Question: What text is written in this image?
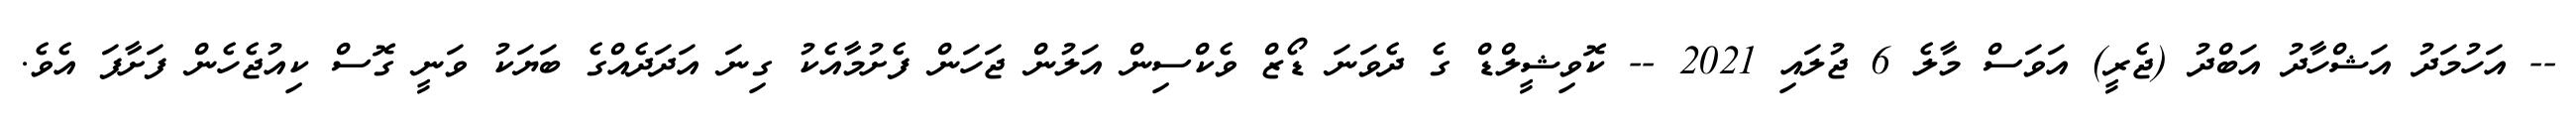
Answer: -- އަހުމަދު އަޝްހާދު އަބްދު (ޖެރީ) އަވަސް މާލެ 6 ޖުލައި 2021 -- ކޮވިޝީލްޑް ގެ ދެވަނަ ޑޯޒް ވެކްސިން އަލުން ޖަހަން ފެށުމާއެކު ގިނަ އަދަދެއްގެ ބަޔަކު ވަނީ ގޮސް ކިއުޖެހެން ފަށާފަ އެވެ.